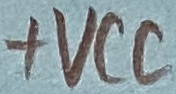
Text: +VCC